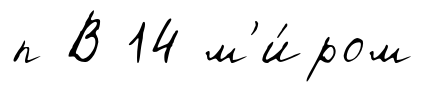
п В 14 м'и́ром